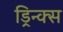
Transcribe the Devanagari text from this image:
ड्रिन्क्स